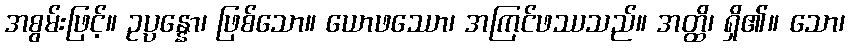
အစွမ်းဖြင့်။ ဥပ္ပန္နော၊ ဖြစ်သော။ ယောဖဿော၊ အကြင်ဖဿသည်။ အတ္ထိ၊ ရှိ၏။ သော၊